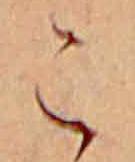
こ